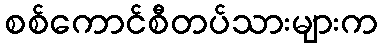
စစ်ကောင်စီတပ်သားများက